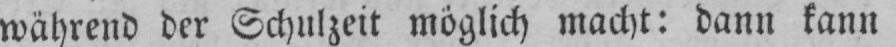
während der Schulzeit möglich macht: dann kann